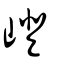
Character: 嶝